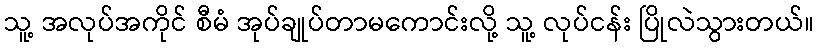
သူ့ အလုပ်အကိုင် စီမံ အုပ်ချုပ်တာမကောင်းလို့ သူ့ လုပ်ငန်း ပြိုလဲသွားတယ်။